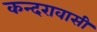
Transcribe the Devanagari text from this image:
कन्दरावासी